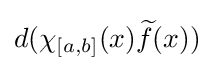
d(\chi _{[a,b]}(x){\widetilde {f}}(x))